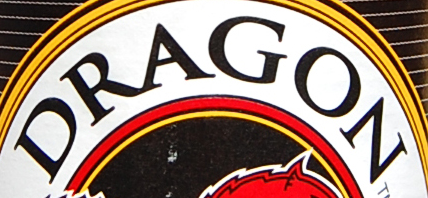
DRAGON